Voru_kinnistusamet, lk 18
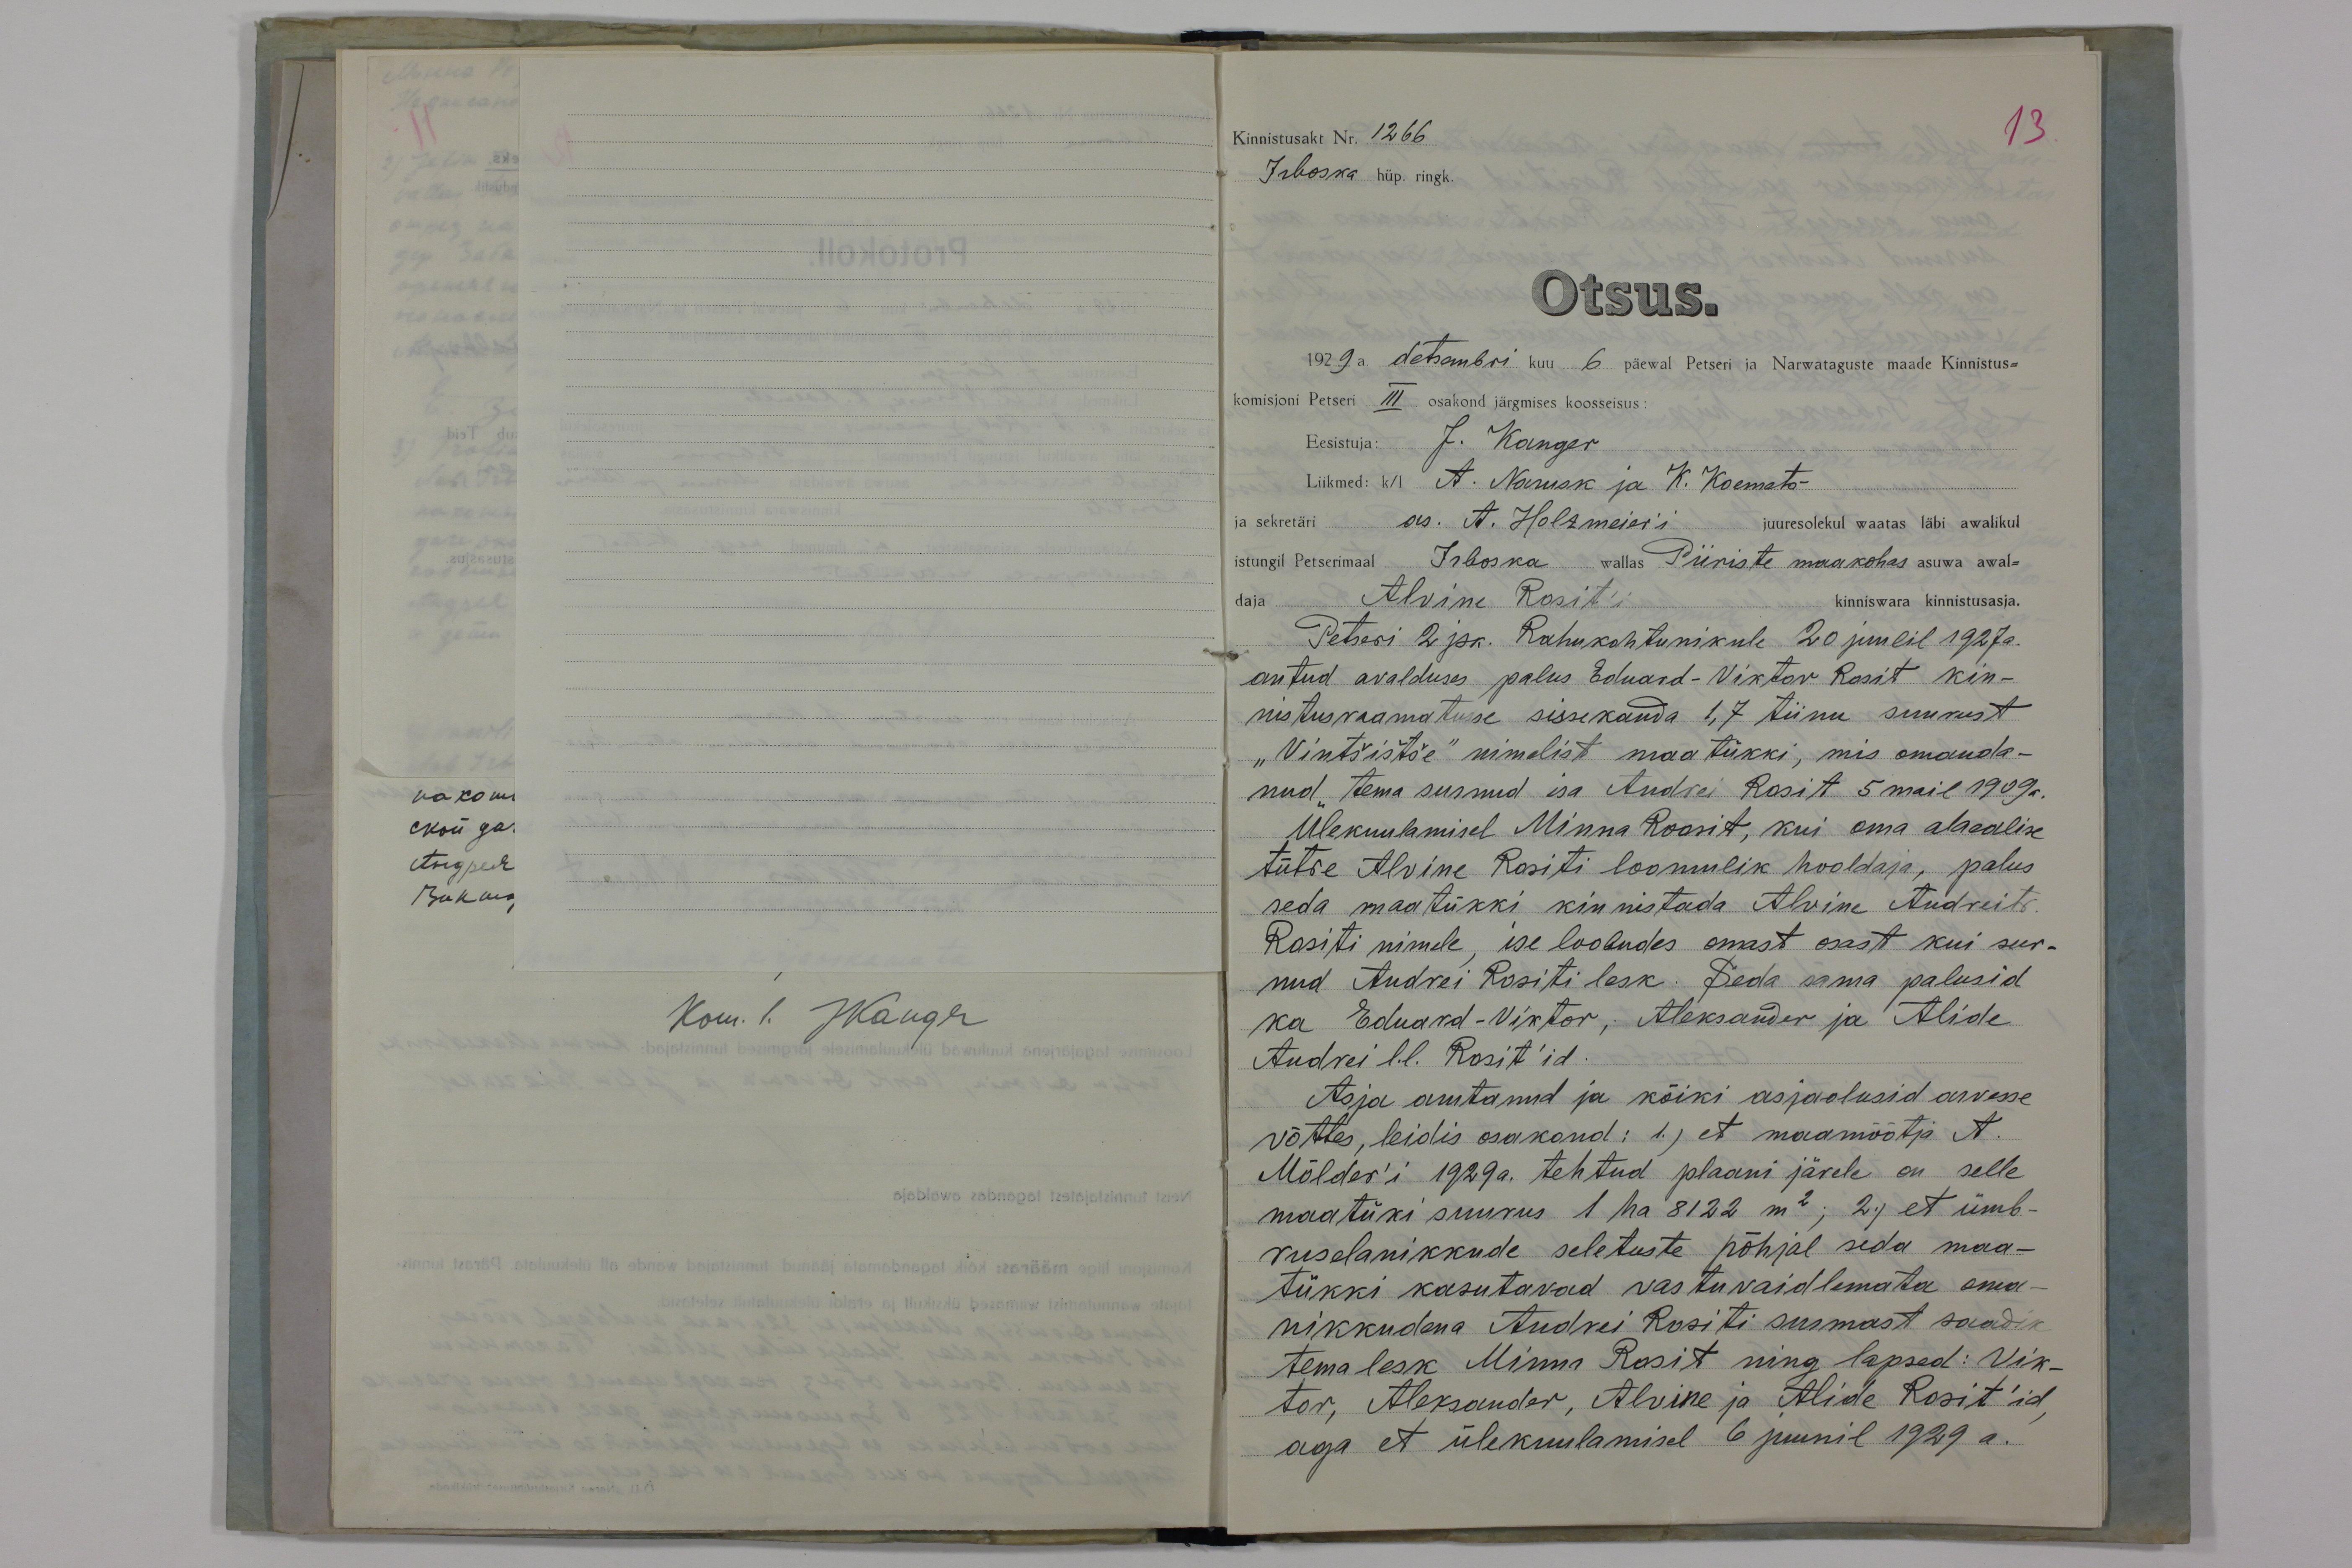
13.

Kinnistusakt Nr. 1266
Irboska hüp. ringk.
Otsus.
1929 a detsembri kuu 6 päewal Petseri ja Narwataguste maade Kinnistus-
komisjoni Petseri III osakond järgmises koosseisus:
Eesistuja: J. Kanger
Liikmed: k/l A. Narusk ja K. Koemets
ja sekretäri as. A. Holzmeier´i juuresolekul waatas läbi awalikul
istungil Petserimaal Irboska wallas Piiriste maakohas asuwa awal-
daja Alvine Rosit´i kinniswara kinnistusasja.
Petseri 2 jsk. Rahukohtunikule 20 juulil 1927a.
antud avalduses palus Eduard-Viktor Rosit kin-
nistusraamatusse sissekanda 1,7 tiinu suurust
"Vintšištše" nimelist maatükki, mis omanda-
nud tema surnud isa Andrei Rosit 5 mail 1909 a.
Ülekuulamisel Minna Roosit, kui oma alaealise
tütre Alvine Rositi loomulik hooldaja, palus
seda maatükki kinnistada Alvine Andrei tr.
Rositi nimele, ise loobudes omast osast kui sur-
nud Andrei Rositi lesk. Seda sama palusid
ka Eduard-Viktor; Aleksander ja Alide
Andrei l.l. Rosit'id.
Asja arutanud ja kõiki asjaolusid arvesse
võttes, leidis osakond: 1.) et maamõõtja A.
Mölder'i 1929a. tehtud plaani järele on selle
maatüki suurus 1 ha 8122 m2; 2) et ümb-
ruselanikkude seletuste põhjal seda maa-
tükki kasutavad vastuvaidlemata oma-
nikkudena Andrei Rositi surmast saadik
tema lesk Minna Rosit ning lapsed: Vik-
tor, Aleksander, Alvine ja Alide Rosit'id,
aga et ülekuulamisel 6 juunil 1929 a.